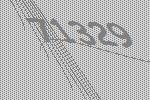
71329